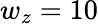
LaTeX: w_{z}=10